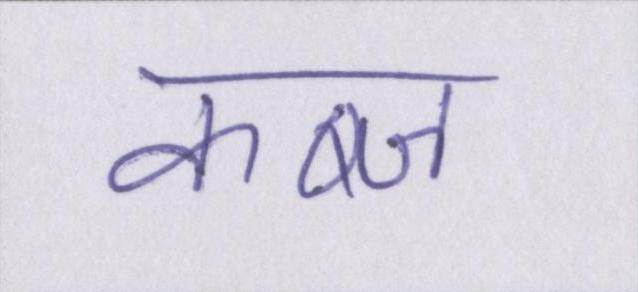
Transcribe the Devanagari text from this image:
कब्ज